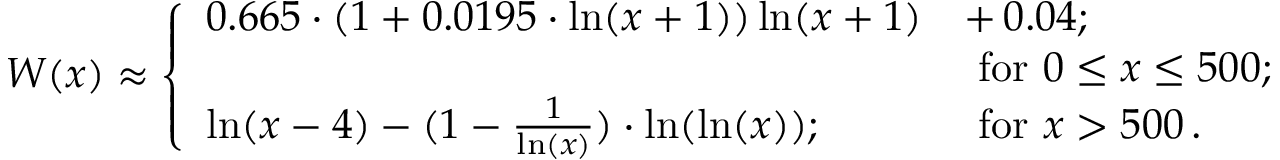
W ( x ) \approx \left\{ \begin{array} { l l } { { 0 . 6 6 5 \cdot \left( 1 + 0 . 0 1 9 5 \cdot \ln ( x + 1 ) \right) \ln ( x + 1 ) } } & { { + \, 0 . 0 4 ; } } \\ { { } } & { { \mathrm { \ f o r \ } 0 \leq x \leq 5 0 0 ; } } \\ { { \ln ( x - 4 ) - ( 1 - \frac { 1 } { \ln ( x ) } ) \cdot \ln ( \ln ( x ) ) ; } } & { { \mathrm { \ f o r \ } x > 5 0 0 \, . } } \end{array} \right.